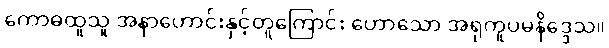
ကောဓထူသူ အနာဟောင်းနှင့်တူကြောင်း ဟောသော အရုကူပမနိဒ္ဒေသ။